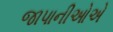
જાપાનીઓએ